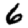
Digit: 6